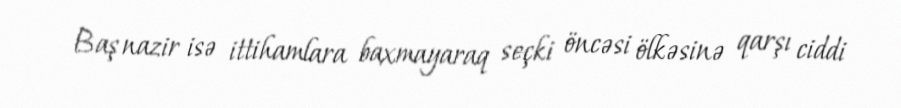
Baş nazir isə ittihamlara baxmayaraq seçki öncəsi ölkəsinə qarşı ciddi